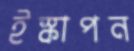
ইস্কাপন